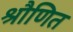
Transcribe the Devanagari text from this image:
श्रौणित